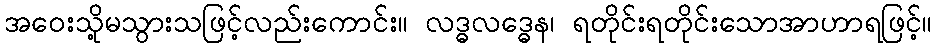
အဝေးသို့မသွားသဖြင့်လည်းကောင်း။ လဒ္ဓလဒ္ဓေန၊ ရတိုင်းရတိုင်းသောအာဟာရဖြင့်။